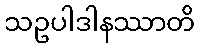
သဥပါဒါနဿာတိ